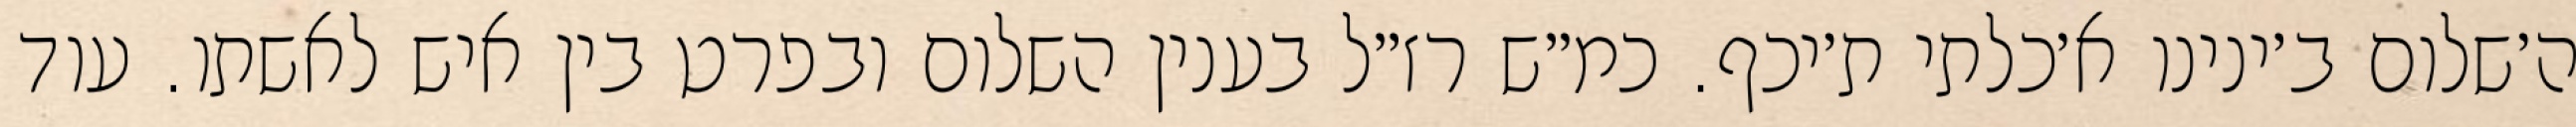
ה׳שלום ב׳ינינו א׳כלתי ת׳יכף. כמ״ש רז״ל בענין השלום ובפרט בין איש לאשתו. עוד